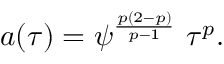
a ( \tau ) = \psi ^ { \frac { p ( 2 - p ) } { p - 1 } } \ \tau ^ { p } .